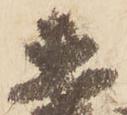
直